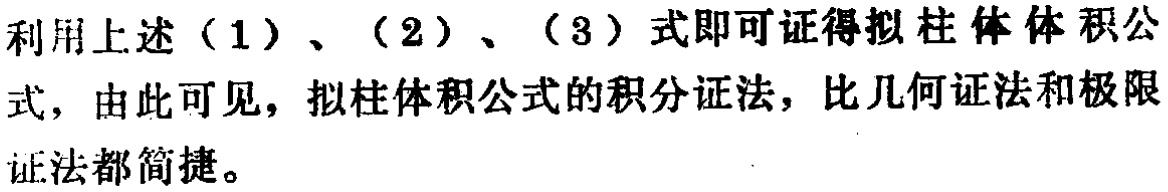
利用上述（1）、（2）、（3）式即可证得拟柱体体积公式，由此可见，拟柱体积公式的积分证法，比几何证法和极限证法都简捷。